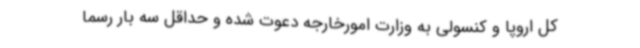
کل اروپا و کنسولی به وزارت امورخارجه دعوت شده و حداقل سه بار رسما